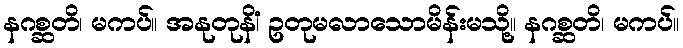
နဂစ္ဆတိ၊ မကပ်။ အနုတုနိံ၊ ဥတုမလာသောမိန်းမသို့။ နဂစ္ဆတိ၊ မကပ်။